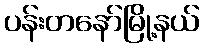
ပန်းတနော်မြို့နယ်